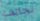
تحالف